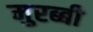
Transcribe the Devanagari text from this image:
मुरब्बी